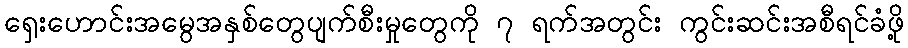
ရှေးဟောင်းအမွေအနှစ်တွေပျက်စီးမှုတွေကို ၇ ရက်အတွင်း ကွင်းဆင်းအစီရင်ခံဖို့